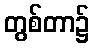
တွစ်တာ၌